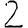
Digit: 2